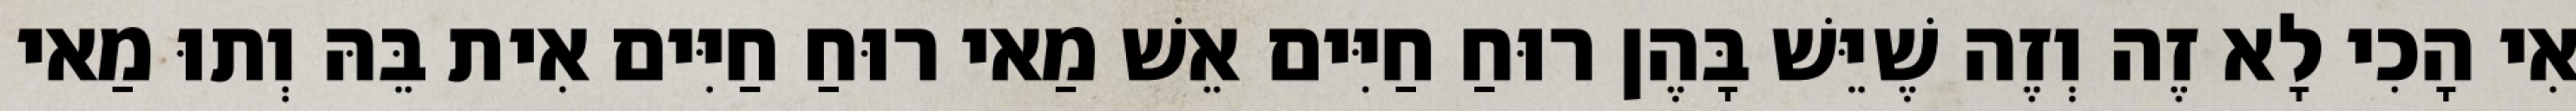
אִי הָכִי לָא זֶה וְזֶה שֶׁיֵּשׁ בָּהֶן רוּחַ חַיִּים אֵשׁ מַאי רוּחַ חַיִּים אִית בֵּהּ וְתוּ מַאי